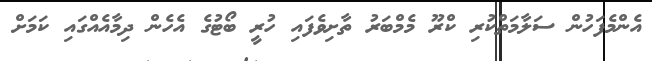
އެންމެފަހުން ސަލާމަތްކުރި ކްރޫ މެމްބަރު ތާށިވެފައި ހުރީ ބޯޓުގެ އެހެން ދިމާއެއްގައި ކަމަށް